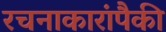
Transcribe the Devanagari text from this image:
रचनाकारांपैकी